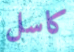
كاسل